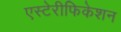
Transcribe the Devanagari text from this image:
एस्टेरीफिकेशन